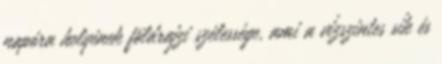
napóra helyének földrajzi szélessége, ami a vízszintes sík és